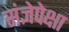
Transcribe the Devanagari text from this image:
संज्ञेपेक्षा